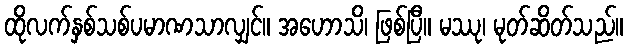
ထိုလက်နှစ်သစ်ပမာဏသာလျှင်။ အဟောသိ၊ ဖြစ်ပြီ။ မဿု၊ မုတ်ဆိတ်သည်။